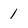
Character: 1